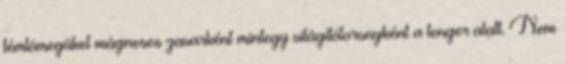
fémtömegüket mágneses zavarként mintegy világítótoronyként a tenger alatt. Nem